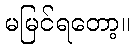
မမြင်ရတော့။